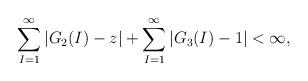
LaTeX: \begin{align*} \sum_{I=1}^{\infty}\left|G_2(I)-z\right|+\sum_{I=1}^{\infty}\left|G_3(I)-1\right|<\infty,\end{align*}